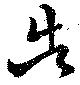
告